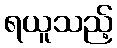
ရယူသည့်